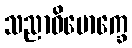
သညာဝိမောက္ခေ